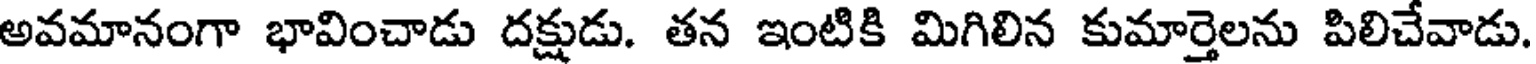
అవమానంగా భావించాడు దక్షుడు. తన ఇంటికి మిగిలిన కుమార్తెలను పిలిచేవాడు